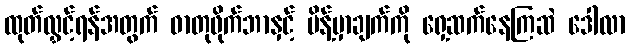
ထုတ်လွှင့်ရန်အတွက် ဓာတုဖိုက်ဘာနှင့် မိန့်မှာချက်ကို ရှေ့ဆက်နေကြဆဲ ဒေါလာ